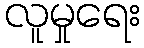
လူမှုရေး